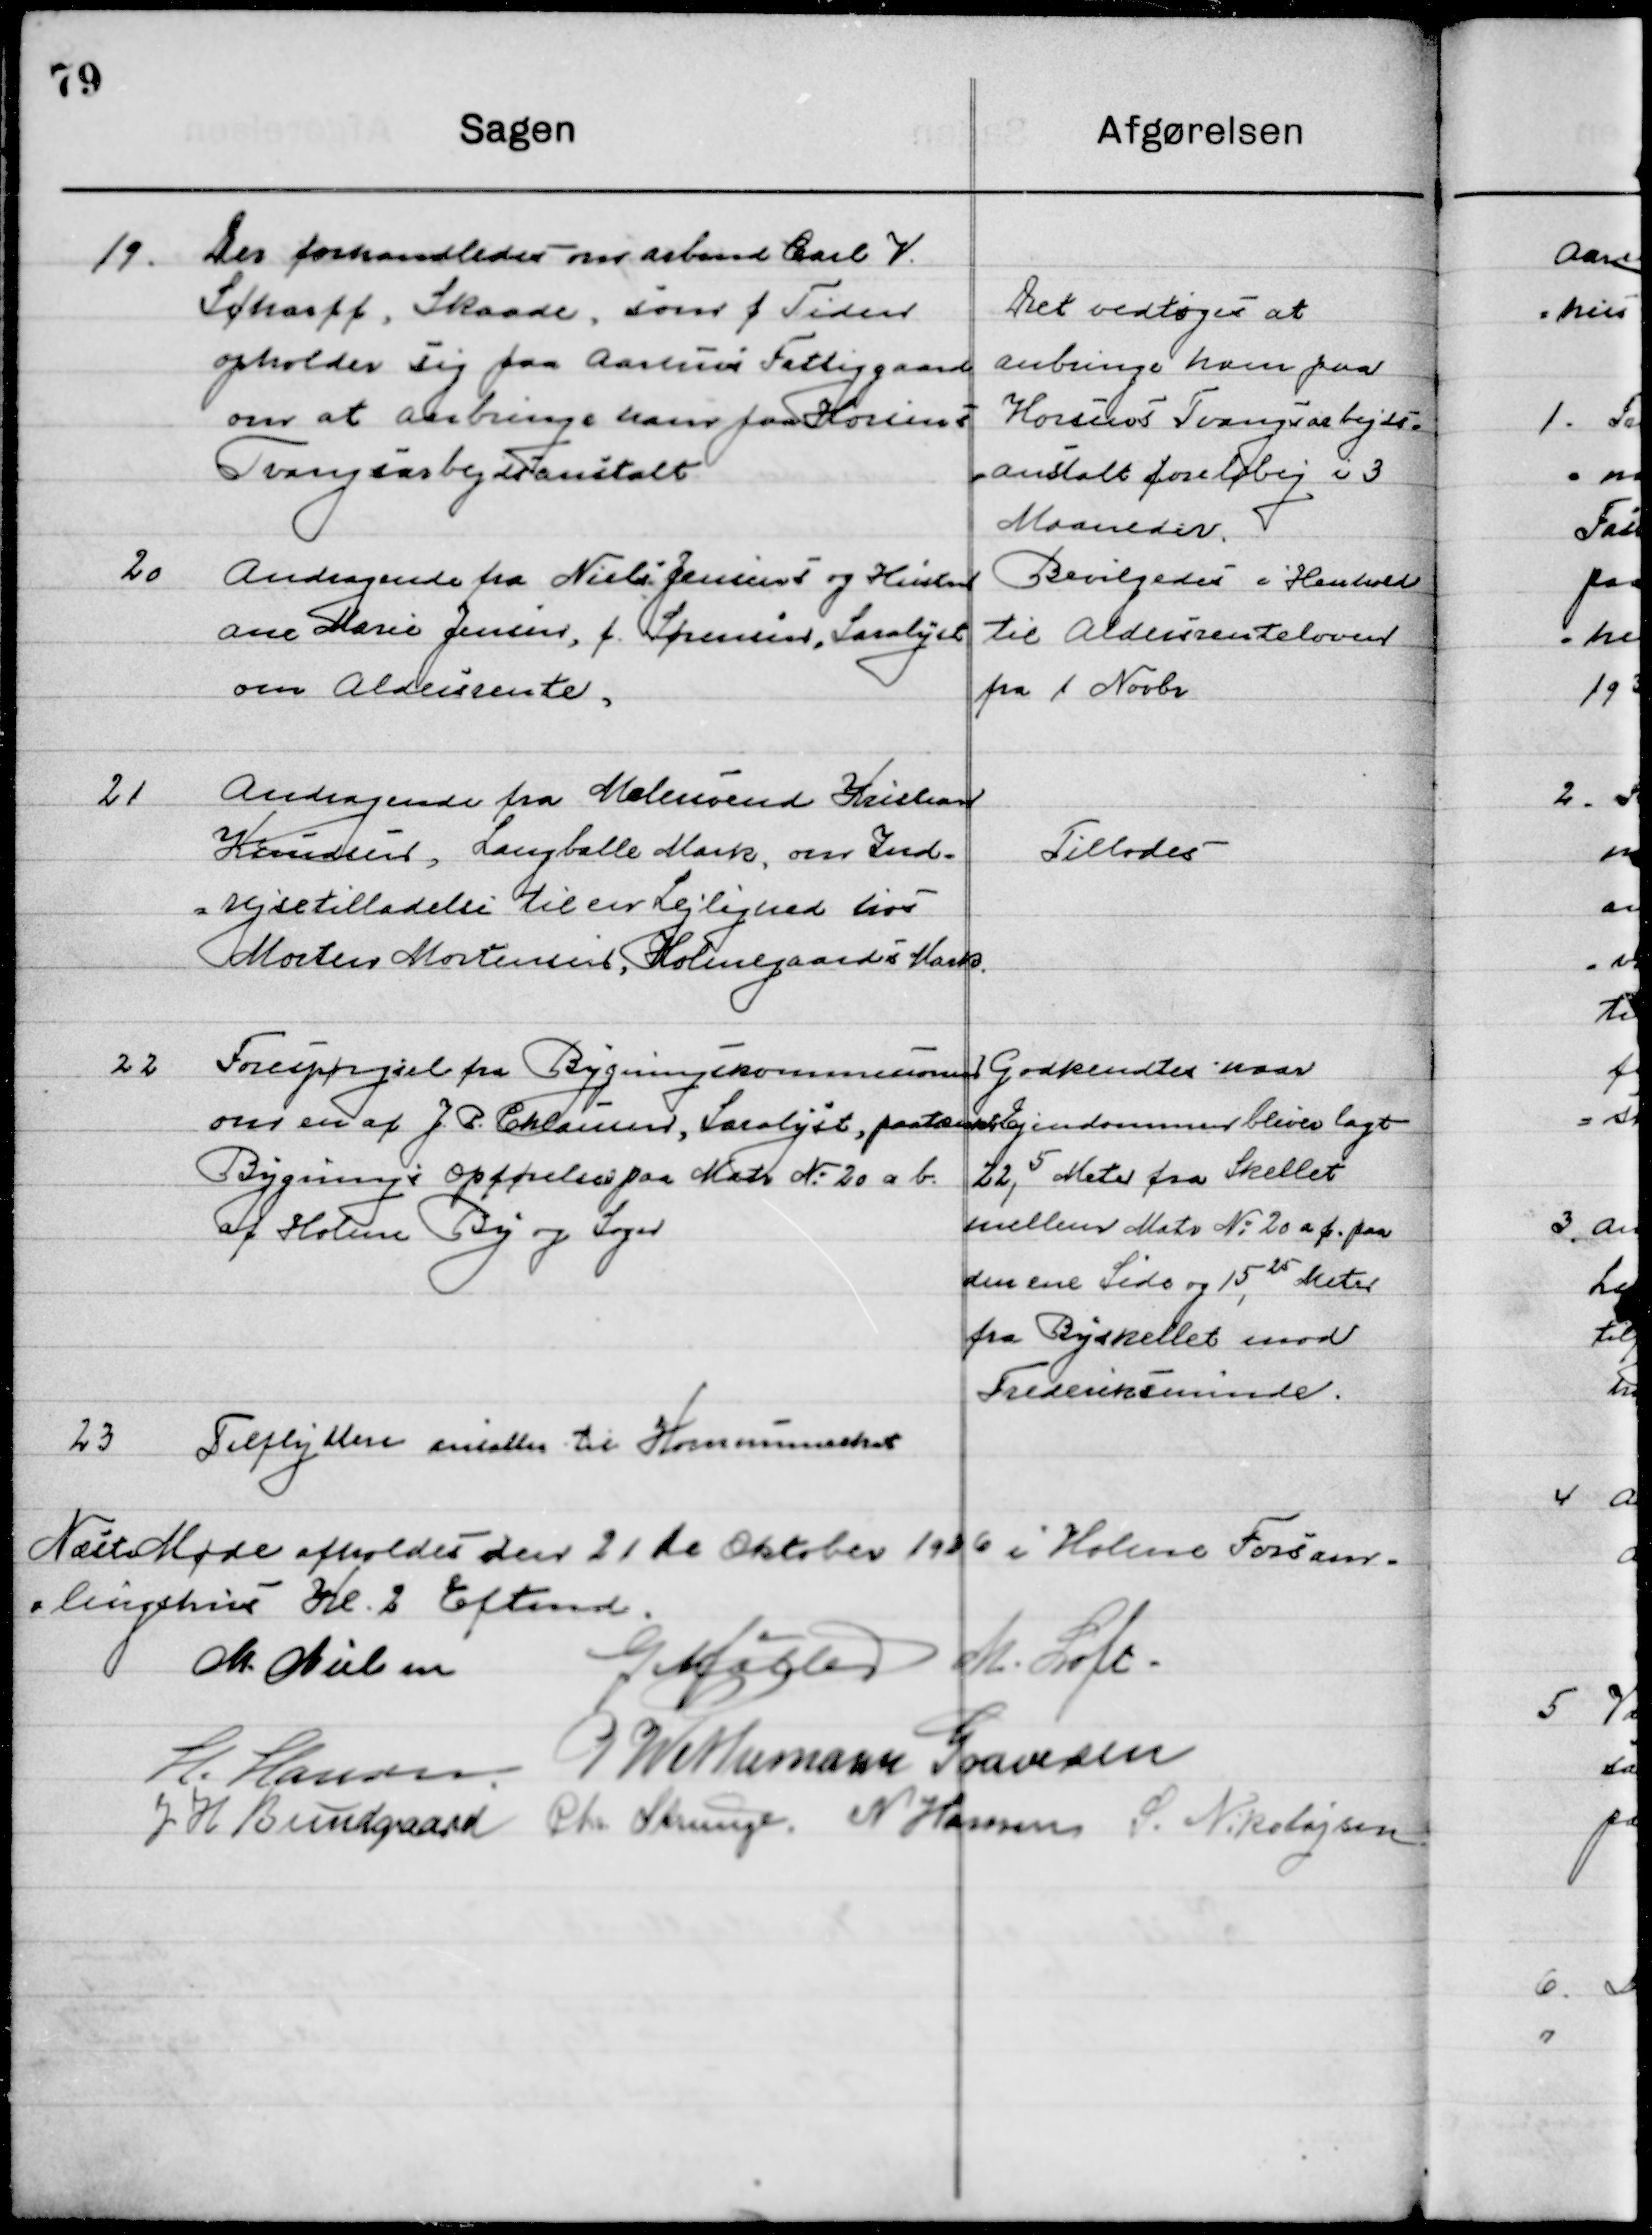
Transskription:
19

Der forhandledes om Arbmd. Carl V.
Scharff, Skaade. Som f. Tiden
opholder sig paa Aarhus Fattigaard
om at anbringe ham paa Horsens 
Tvangsarbejdsanstalt.

Det vedtoges at
Anbringe han paa
Horsens Tvangsarbejds-
Anstalt foreløbig i 3
Maaneder

20

Andragende fra Niels Jensen og Hustru
Ane Marie Jensen, f. Sørensen, Saralyst 
om Aldersrente.

Bevilgedes i henholdt
til Aldersrenteloven 
fra 1. Novbr.

21

Andragende fra Malersvend Kristian 
Knudsen, Langballe Mark, om Ind-
rejsetilladelse til en Lejlighed hos 
Morten Mortensen, Holmegaards Mark.

Tillodes

22

Forespørgsel fra Bygningskommunen
om en af J. P. Clausen, Saralyst, paatænkte
Bygnings opførelse paa Matr. № 20 a b
af Holme By og Sogn

Godkendtes naar
Ejendommen bliver lagt
22,5 Meter fra Skellet
mellem Matr. № 20 a f. paa
Den ene side og 15,25 Meter
fra Byskellet imod
Frederiksminde.

23

Tilflyttere ansattes til Kommuneskat

Næste Møde afholdes den 21de Oktober 1926 i Holme Forsam-
lingshus Kl. 2 Eftermd.

M. Nielsen
G. Møller
M. Loft
H. Hansen
P. Wethemann Graversen
J. H. Bundgaard
Chr. Strunge
N. Hansen
S. Nikolajsen